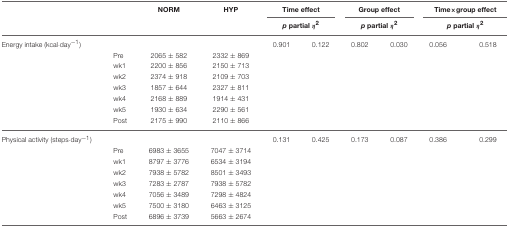
<table><thead><tr><td></td><td></td><td><b>NORM</b></td><td><b>HYP</b></td><td colspan="2"><b>Time effect</b></td><td colspan="2"><b>Group effect</b></td><td colspan="2"><b>Time×group effect</b></td></tr><tr><td></td><td></td><td></td><td></td><td colspan="2"><b><i>p</i> partial η<sup>2</sup></b></td><td colspan="2"><b><i>p</i> partial η<sup>2</sup></b></td><td colspan="2"><b><i>p</i> partial η<sup>2</sup></b></td></tr></thead><tbody><tr><td>Energy intake (kcal·day<sup>−1</sup>)</td><td></td><td></td><td></td><td>0.901</td><td>0.122</td><td>0.802</td><td>0.030</td><td>0.056</td><td>0.518</td></tr><tr><td></td><td>Pre</td><td>2065 ± 582</td><td>2332 ± 869</td><td></td><td></td><td></td><td></td><td></td><td></td></tr><tr><td></td><td>wk1</td><td>2200 ± 856</td><td>2150 ± 713</td><td></td><td></td><td></td><td></td><td></td><td></td></tr><tr><td></td><td>wk2</td><td>2374 ± 918</td><td>2109 ± 703</td><td></td><td></td><td></td><td></td><td></td><td></td></tr><tr><td></td><td>wk3</td><td>1857 ± 644</td><td>2327 ± 811</td><td></td><td></td><td></td><td></td><td></td><td></td></tr><tr><td></td><td>wk4</td><td>2168 ± 889</td><td>1914 ± 431</td><td></td><td></td><td></td><td></td><td></td><td></td></tr><tr><td></td><td>wk5</td><td>1930 ± 634</td><td>2290 ± 561</td><td></td><td></td><td></td><td></td><td></td><td></td></tr><tr><td></td><td>Post</td><td>2175 ± 990</td><td>2110 ± 866</td><td></td><td></td><td></td><td></td><td></td><td></td></tr><tr><td>Physical activity (steps·day<sup>−1</sup>)</td><td></td><td></td><td></td><td>0.131</td><td>0.425</td><td>0.173</td><td>0.087</td><td>0.386</td><td>0.299</td></tr><tr><td></td><td>Pre</td><td>6983 ± 3655</td><td>7047 ± 3714</td><td></td><td></td><td></td><td></td><td></td><td></td></tr><tr><td></td><td>wk1</td><td>8797 ± 3776</td><td>6534 ± 3194</td><td></td><td></td><td></td><td></td><td></td><td></td></tr><tr><td></td><td>wk2</td><td>7938 ± 5782</td><td>8501 ± 3493</td><td></td><td></td><td></td><td></td><td></td><td></td></tr><tr><td></td><td>wk3</td><td>7283 ± 2787</td><td>7938 ± 5782</td><td></td><td></td><td></td><td></td><td></td><td></td></tr><tr><td></td><td>wk4</td><td>7056 ± 3489</td><td>7298 ± 4824</td><td></td><td></td><td></td><td></td><td></td><td></td></tr><tr><td></td><td>wk5</td><td>7500 ± 3180</td><td>6463 ± 3125</td><td></td><td></td><td></td><td></td><td></td><td></td></tr><tr><td></td><td>Post</td><td>6896 ± 3739</td><td>5663 ± 2674</td><td></td><td></td><td></td><td></td><td></td><td></td></tr></tbody></table>